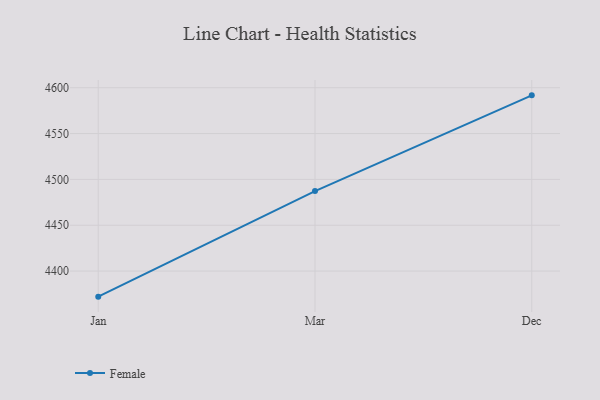
{"axis": {"x": "Month", "y": "Page Views"}, "legend": ["Female"], "data": [{"x": "Jan", "y": 4372.1, "type": "Female"}, {"x": "Mar", "y": 4487.3, "type": "Female"}, {"x": "Dec", "y": 4591.7, "type": "Female"}]}